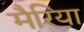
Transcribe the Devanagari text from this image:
मैरिया